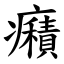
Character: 癪